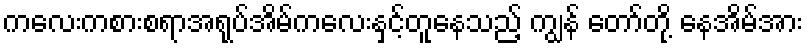
ကလေးကစားစရာအရုပ်အိမ်ကလေးနှင့်တူနေသည့် ကျွန် တော်တို့ နေအိမ်အား